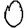
Digit: 0